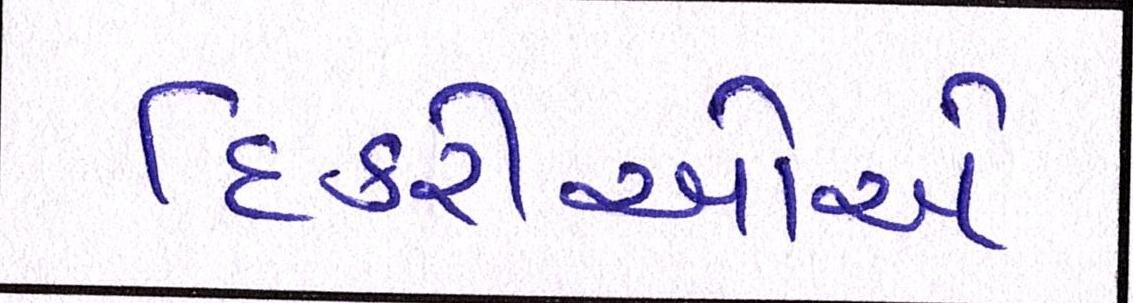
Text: દિકરીઓએ